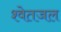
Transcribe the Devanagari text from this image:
श्वेतजल